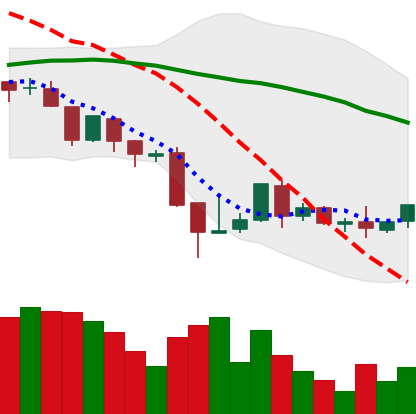
Ticker: BNB-USD
Chart end date: 2018-08-24
Forward return: 9.173%
Label: up_7plus